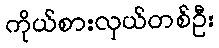
ကိုယ်စားလှယ်တစ်ဦး